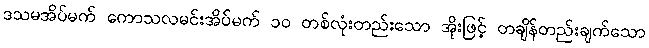
ဒသမအိပ်မက် ကောသလမင်းအိပ်မက် ၁၀ တစ်လုံးတည်းသော အိုးဖြင့် တချိန်တည်းချက်သော